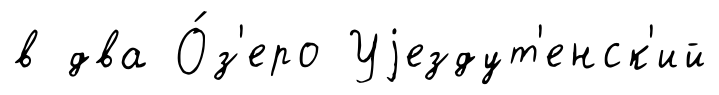
в два О́з'еро Уjездут'енск'ий